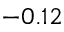
- 0 . 1 2